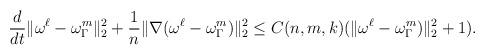
LaTeX: \begin{align*}\frac{d}{dt} \| \omega^{\ell}-\omega_{\Gamma}^m\|_2^2 + \frac{1}{n}\|\nabla (\omega^{\ell}-\omega_{\Gamma}^m)\|_2^2 \le C(n,m,k) (\|\omega^{\ell}-\omega_{\Gamma}^m)\|_2^2 + 1). \end{align*}